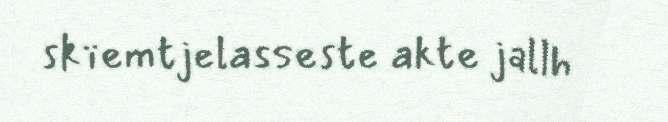
skïemtjelasseste akte jallh